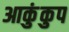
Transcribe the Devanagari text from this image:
आकुंकुप